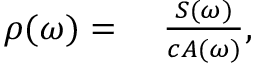
\begin{array} { r l } { \rho ( \omega ) = } & { { } \, \, \frac { S ( \omega ) } { c A ( \omega ) } , } \end{array}